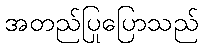
အတည်ပြုပြောသည်